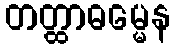
တတ္ထာဓမ္မေန